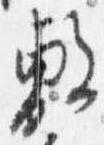
敷